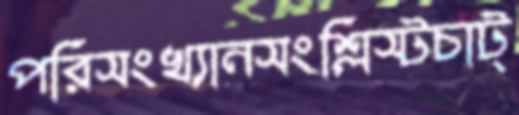
পরিসংখ্যানসংশ্লিস্টচাট্